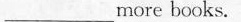
___more books.